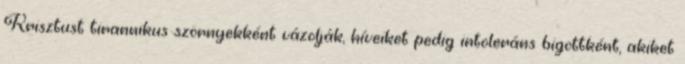
Krisztust tirannikus szörnyekként vázolják, híveiket pedig intoleráns bigottként, akiket